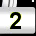
Digit: 2